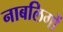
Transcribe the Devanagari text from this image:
नाबलिगों